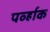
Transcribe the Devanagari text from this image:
पर्व्हाक